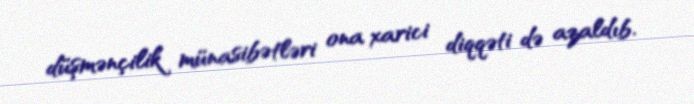
düşmənçilik münasibətləri ona xarici diqqəti də azaldıb.